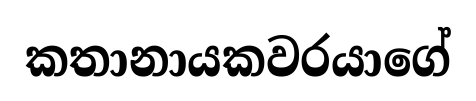
කතානායකවරයාගේ